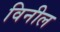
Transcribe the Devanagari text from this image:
विनील